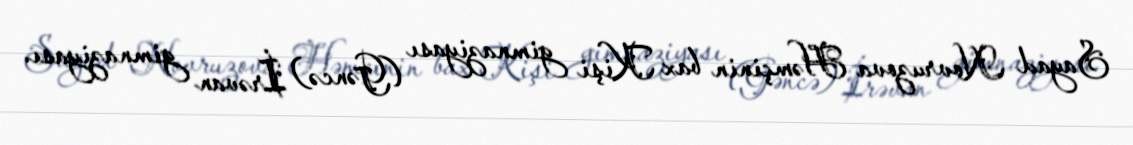
Sayad Novruzova Həmçinin bax Kişi gimnaziyası (Gəncə) İrəvan gimnaziyası.